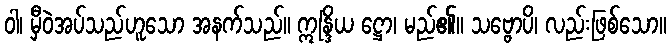
ဝါ၊ မှီဝဲအပ်သည်ဟူသော အနက်သည်။ ဣန္ဒြိယ ဋ္ဌော၊ မည်၏။ သဗ္ဗောပိ၊ လည်းဖြစ်သော။